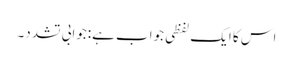
اس کا ایک لفظی جواب ہے:جوابی تشدد۔